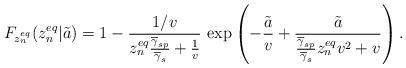
LaTeX: \begin{align*}F_{z^{eq}_{n}}(z^{eq}_{n}|\tilde{a}) = 1 - \frac{1/v}{z^{eq}_{n}\frac{\overline{\gamma}_{sp}}{\overline{\gamma}_{s}}+\frac{1}{v}} \, \exp\left(-\frac{\tilde{a}}{v}+\frac{\tilde{a}}{\frac{\overline{\gamma}_{sp}}{\overline{\gamma}_{s}}z^{eq}_{n}v^{2}+v}\right).\end{align*}